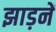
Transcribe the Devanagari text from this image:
झाड़नें